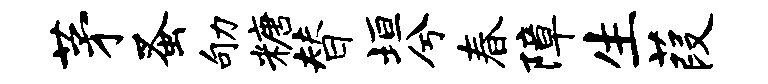
茅蚤劬糖替垣兮春障生葭